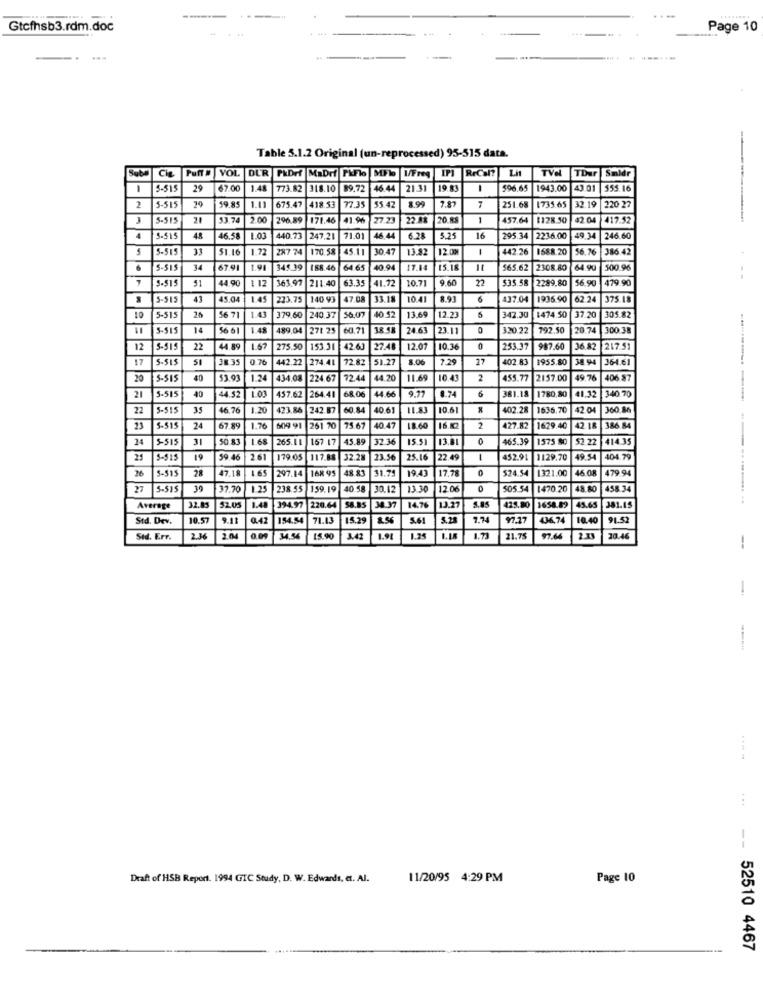
...
Gtefhsb3.rdm.doc
Page 10
-.-
Table 5.1.2 Original (un-reprocessed) 95-515 data.
Che
YOL DUR PRDrf
MaDrf PAFlo
SOF'b
I/Freq IPI RrCal?
Lit
TV2
TDur
Smldr
-
5-515
29
67.00
1.48
773 82
318.10
89.72
46.44
21.31
19 83
-
596.65
1943.00
43 01
$55.16
20
675.47
7.87
2
5-515
19.85
1.11
418.53
77.35
55 42
199
251 68
1735.65
32.19
220 22
3
5-515
53.74
2.00
296.89
171.46
41.96
77.25
22 M
20 RS
1
457.64
1128.50
83.04
417.52
4
5-515
48
46.58
440.73
247.21
71.01
46 4
6.28
5.25
16
295.34
2236.00
49.34
246.60
5
5-515
51.16
1.72
287 74
170.58 45.11
30.47
13.92
12 0%
442.26
1688.20
56.26
386 42
6
5-515
34
67.91
1.91
34€ 39
188.46
64 65
40 94
17.14
15.18
565.62
2308.80
64 90
500.96
51
44 90
1 12
161,97
63.35
41.72
10.71
9.60
22
535.5
2289,80
56.90
479.90
3-515
211 40
-515
43
45.04
1.45
273.75
140 93
47.08
33.18
10.41
8.93
437.04
1936.90
62.24
375.18
25
13.69
10
5-515
56 71
1.43
379.60
240 37
56.07
12.2.
5
342.30
1474.50
37.20
305.82
4-515
14
56 61
1.48
489.04
271 25
60.71
24.63
23.11
0
320.22
792.50
20.74
300 38
12
5-919
22
44.89
1.67
275.50
153.31
42.63
27.48
12.01
10.36
0
253.37
987.60
36.82 217.51
36 &
217.51
17
S-515
51
38 35
0.76
442.22 274.41
51.27
7.29
27
402.83
1955.80
36 94
364.61
274.41
72 82
20
5-SI
40
53.93
1.24
434.08
224.67
72.44
44 20
11.69
10.43
2
455.77
2157.00
49.7
406.87
40
68.06
44 66
6
1780,80
340.70
21
5-515
44.52
457.62
264.41
9.77
8.74
381.18
41.32
22
5-515
35
46.76
1.20
423.86 242.87
60.84
40.61
IL.83
10.61
402.28
1636.70
20
360.86
23
5-515
24
67 89
1.76
609 91
261 70
75.67
40.47
18.60
16.5
2
427.82
1629.40
42.18
186.84
24
5-515
31
50.83
1 68
265.1 1
167 17
45.89
32.36
15.51
13.81
0
465.39
1575 8C
52.22 414.35
21
5-515
19
59.46
26
179.05
117.88
32.21
23.50
25.16
22.49
1
452.91
1129.70
49.54
404.79
26
5-515
28
47.18
1.65
51.79
19.43
0
$24.54
1321.00
46 OR
479.94
297.14
168 95 |48.83
17.78
27
5-515
39
37.70
238.55
159.19
40 58
30.12
13.30
12.06
0
505.54
470.20
48.80
458.34
Average
32.85
52.05
394.97
220.64
54.85
14.76
13:27
425.80
1658.89
45.65
381.15
Std. Dev.
10.57
9.11
0.42
154.54
71.13
15.29
8.56
5.61
5.25
7.74
97.27
436,74
10.40
91.52
Sid. Err.
2.36
2.04
15.90
3.42
1.91
1.14
1.73
21.75
97.64
2.33
20.46
--
-
--
Draft of HSB Report. 1994 GIC Study, D. W. Edwards, et. Al.
11/20/95 4:29 PM
Page 10
52510 4467